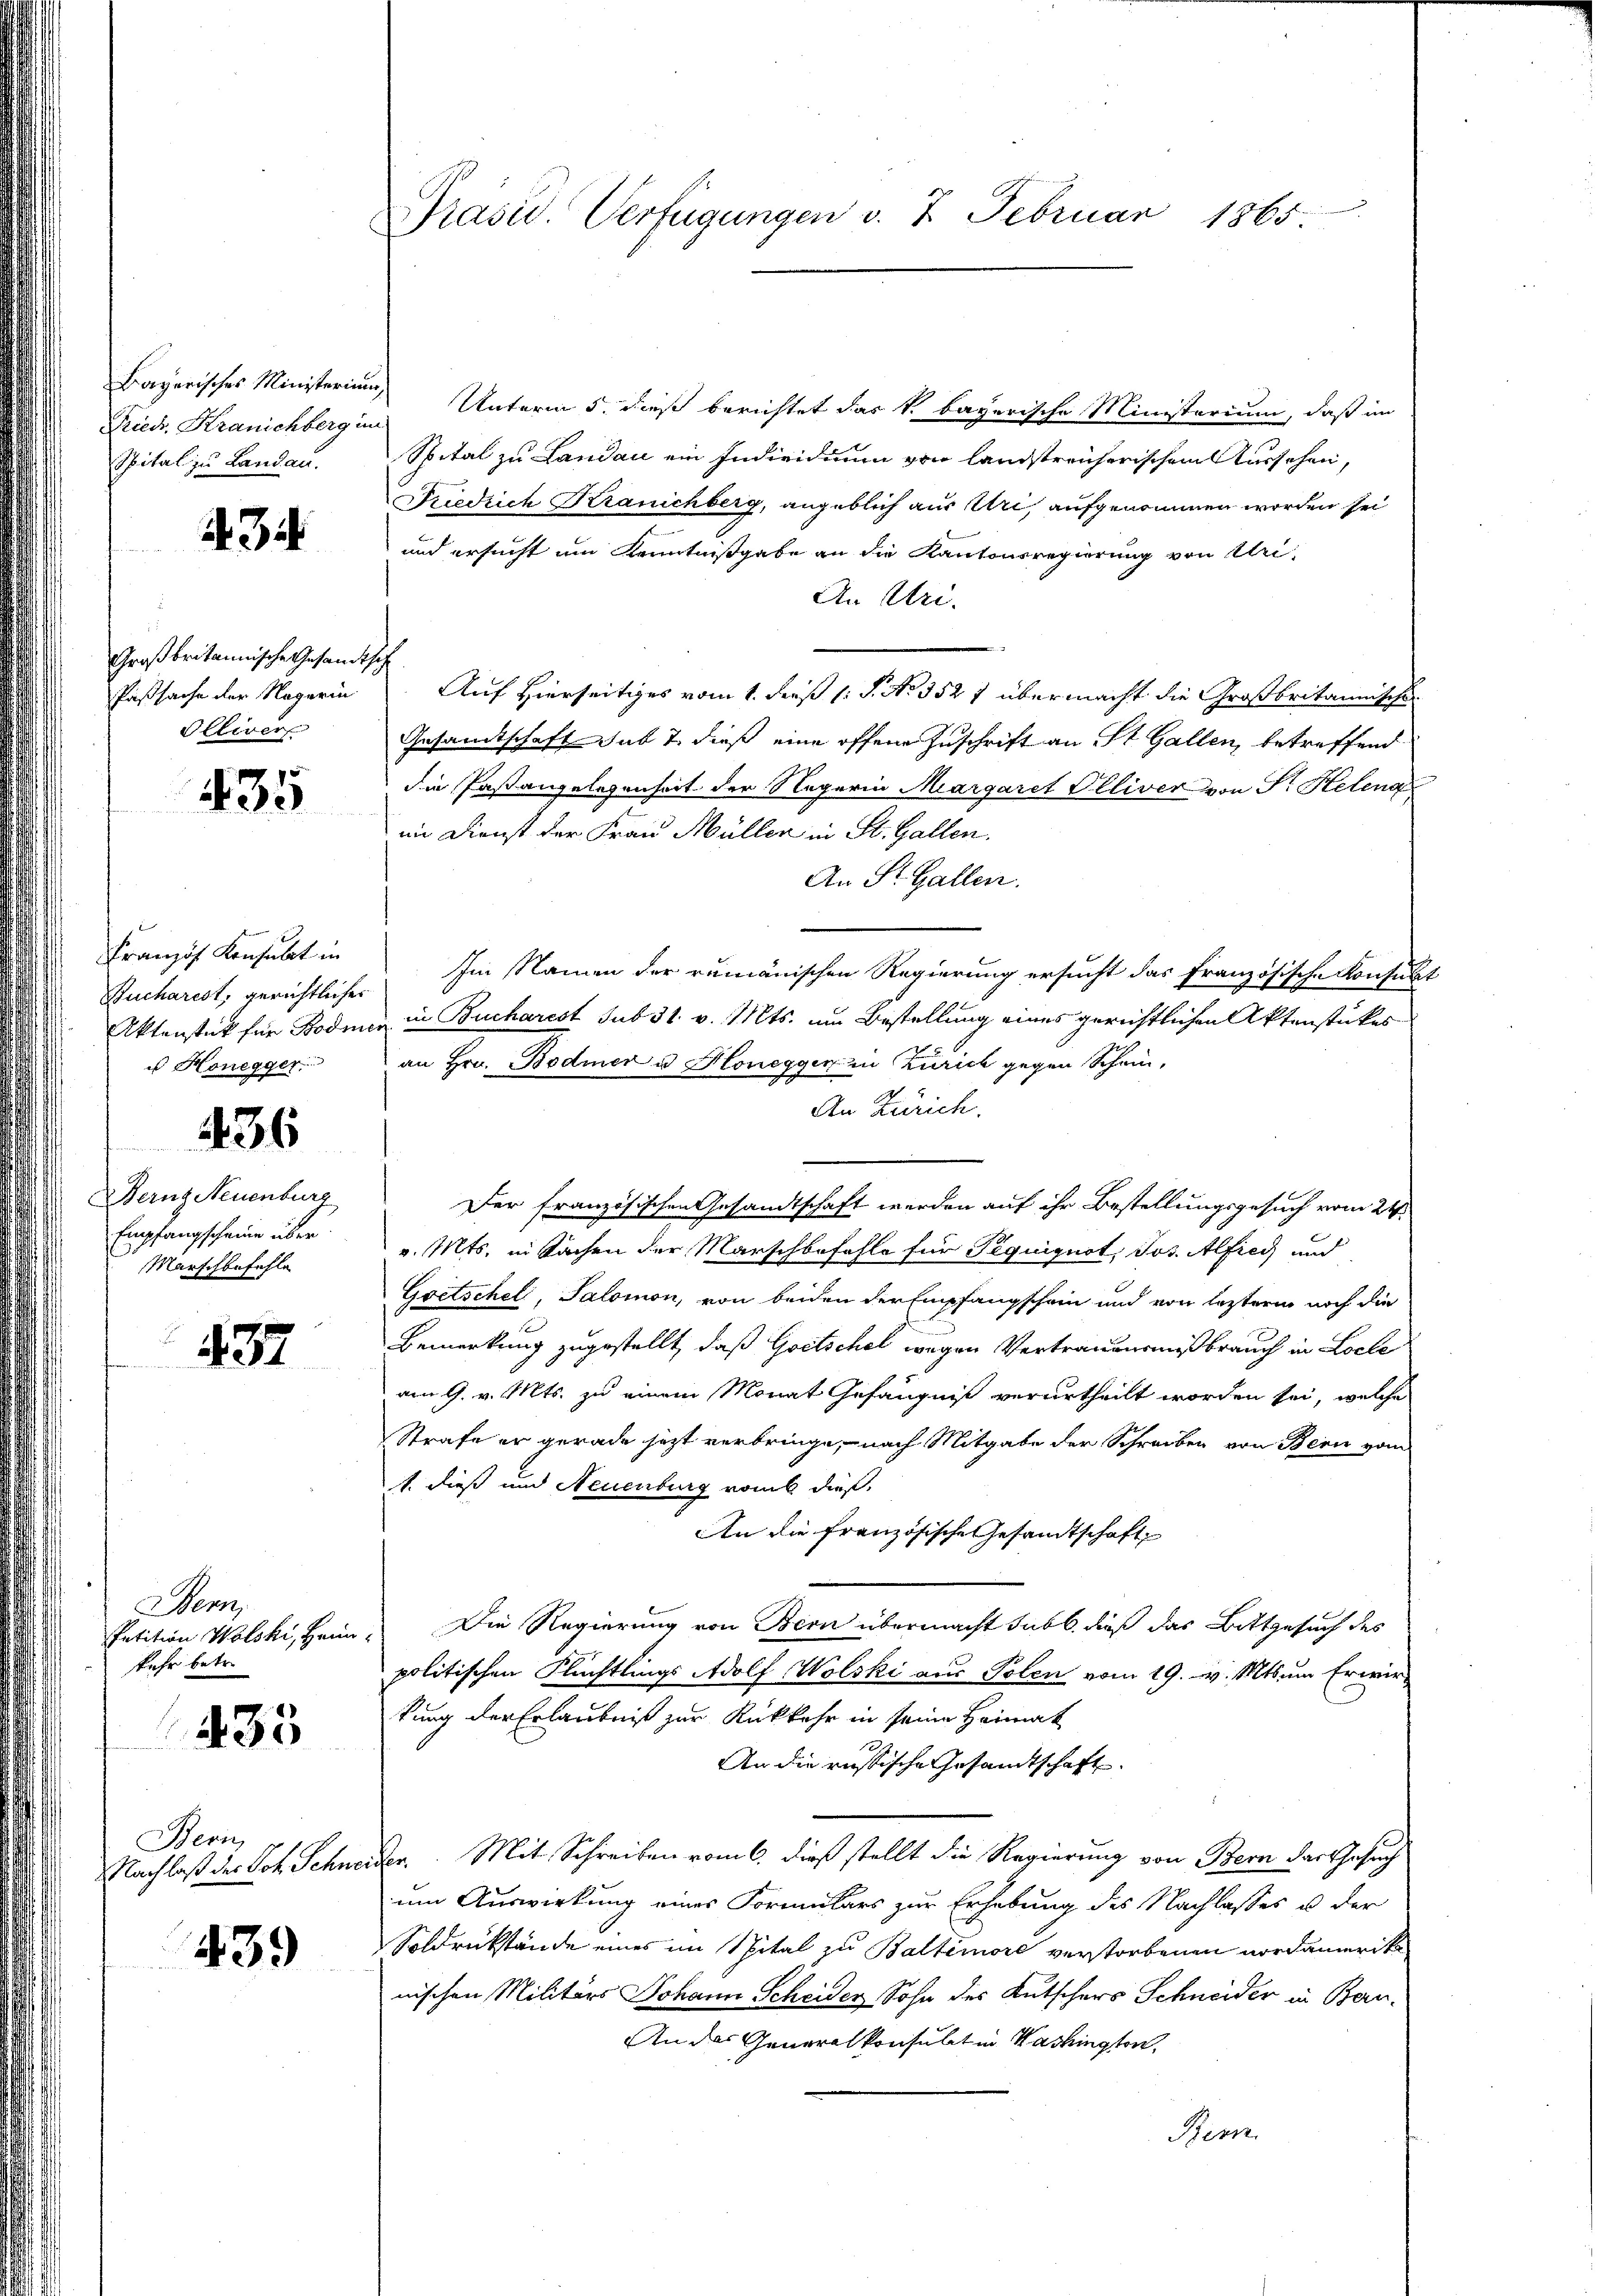
Bayerisches Ministerium
Fried, Kränichberg im
Spital zu Landau.

434

Großbritannische Gesandtsc
Paßsache der Nägerin
Olliver

435

Französ. Konsulat in
Rucharest, gerichtlicher
Aktenstück für Bodme
u Honegger.

436

Dernz Neuenburg
Empfangscheine über
Marschbefehle

437

Wenn
Petition Wolski, Hein
kehr betre

433

Bern,
Nachlaß der Joh. Schnei

439

Präsid. Verfügungen v. 7. Februar 1865

Unterm 5. dieß berichtet das k. bayerische Ministerium, daß in
Spital zu Landau ein Individium von landstreicherischen Aussehen,
Friedrich Kranichberg, angeblich aus Uri, aufgenommen worden sei
und ersucht um Kenntnißgabe an die Kantonsregierung von Uri
An Uri.
¬
Auf Hierseitiges vom 1. dieß (: S. No. 352 7 übermacht die Großbritannische
Gesamtschaft sub 7. dieß eine offene Zuschrift an St. Gallen, betreffend
die Pastangelegenheit der Negerin Margaret Elliver von Sr. Helena
im Dienst der Frau Müller in St. Gallen.
An St. Gallen.
Im Namen der rumänischen Regierung ersucht das französische Konsult
in Bucharest sub 31. v. Mts. um Bestellung eines gerichtlichen Aktenstückes
an Hrn. Bodmer u. Honegger in Zürich gegen Schein-
An Zürich.
Der französischen Gesandtschaft werden auf ihr Bestellungsgesuch vom 24.
v. Mts. in Sachen der Marschbefohle für Piquiquot, Jos. Alfred und
Goetschel, Salomon, von beiden der Empfangschein und von letztere noch die
Bemerkung zugestellt, daß Gritschel wegen Vertrauensmißbrauch in Locle
am 9. v. Mts. zu einem Monat Gefängniß verurtheilt worden sei, welche
Strafe er gerade jetzt verbringe, nach Mitgabe der Schreiben von Bern vom
1. dieß und Neuenburg vom dieß,
An die Französische Gesandtschaft
Die Regierung von Bern übermacht sub b. dieß das Bittgesuch des
politischen Flüchtlings Adolf Wolski aus Polen vom 19. v. Mts. um Erwirkung der Erlaubniß zur Rückkehr in seine Heimat
2
An die russische Gesandtschaft
der. Mit Schreiben vom 6. dieß stellt die Regierung von Bern das Gesuch
um Auswirkung eines Formulars zur Erhebung des Nachlasses u der
Soldrükstände eines im Spital zu Baltimore verstorbenen nordamerika
nischen Militärs Johann Scheider, Sohn des Kutschers Schneider in Bern-
An der Generalkonsulat in Washington,
Bern.